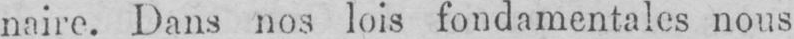
naire. Dans nos lois fondamentales nous